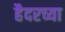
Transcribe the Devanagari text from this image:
हैदरच्या